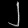
Digit: ၂